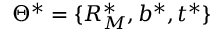
\Theta ^ { * } = \{ R _ { M } ^ { * } , b ^ { * } , t ^ { * } \}